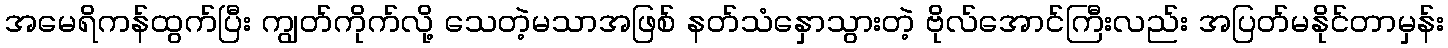
အမေရိကန်ထွက်ပြီး ကျွတ်ကိုက်လို့ သေတဲ့မသာအဖြစ် နတ်သံနှောသွားတဲ့ ဗိုလ်အောင်ကြီးလည်း အပြတ်မနိုင်တာမှန်း